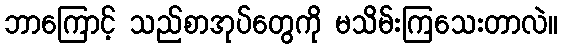
ဘာကြောင့် သည်စာအုပ်တွေကို မသိမ်းကြသေးတာလဲ။